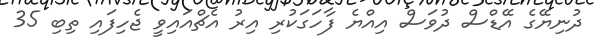
ދުނިޔޭގެ އޭޑްސް ދުވަސް އިއްޔެ ފާހަގަކުރި އިރު އެޗްއައިވީ ޖެހިފައި ތިބި 35